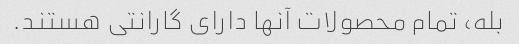
بله، تمام محصولات آنها دارای گارانتی هستند.